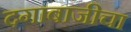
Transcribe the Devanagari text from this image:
दगाबाजीचा